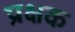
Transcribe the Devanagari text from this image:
प्रक्षक